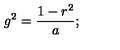
g ^ { 2 } = { \frac { 1 - r ^ { 2 } } { a } } ;